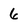
Character: 6